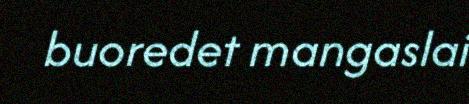
buoredet mangaslai